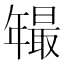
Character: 𱝂